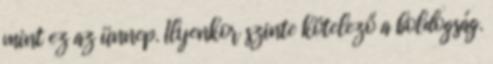
mint ez az ünnep. Ilyenkor szinte kötelező a boldogság.